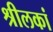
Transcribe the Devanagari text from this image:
श्रीलकां